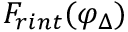
F _ { r i n t } ( \varphi _ { \Delta } )